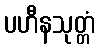
ပဟီနသုတ္တံ